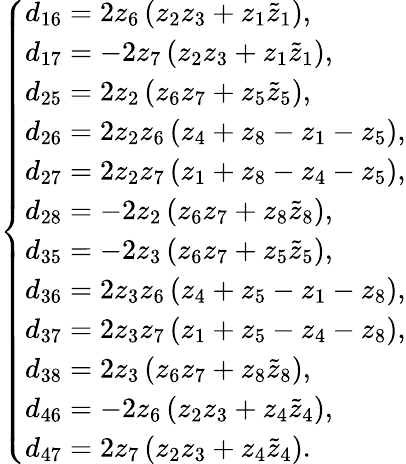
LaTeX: \left\{ \begin{array}{ll}{d_{16}=2z_{6}\left(z_{2}z_{3}+z_{1}\tilde{z}_{1}\right),}\\ {d_{17}=-2z_{7}\left(z_{2}z_{3}+z_{1}\tilde{z}_{1}\right),}\\ {d_{25}=2z_{2}\left(z_{6}z_{7}+z_{5}\tilde{z}_{5}\right),}\\ {d_{26}=2z_{2}z_{6}\left(z_{4}+z_{8}-z_{1}-z_{5}\right),}\\ {d_{27}=2z_{2}z_{7}\left(z_{1}+z_{8}-z_{4}-z_{5}\right),}\\ {d_{28}=-2z_{2}\left(z_{6}z_{7}+z_{8}\tilde{z}_{8}\right),}\\ {d_{35}=-2z_{3}\left(z_{6}z_{7}+z_{5}\tilde{z}_{5}\right),}\\ {d_{36}=2z_{3}z_{6}\left(z_{4}+z_{5}-z_{1}-z_{8}\right),}\\ {d_{37}=2z_{3}z_{7}\left(z_{1}+z_{5}-z_{4}-z_{8}\right),}\\ {d_{38}=2z_{3}\left(z_{6}z_{7}+z_{8}\tilde{z}_{8}\right),}\\ {d_{46}=-2z_{6}\left(z_{2}z_{3}+z_{4}\tilde{z}_{4}\right),}\\ {d_{47}=2z_{7}\left(z_{2}z_{3}+z_{4}\tilde{z}_{4}\right).}\end{array}\right.